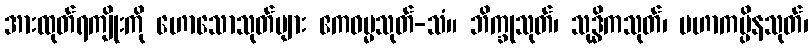
အားထုတ်ရကျိုးကို ဟောသောသုတ်များ ဧကဓမ္မသုတ်-သံ။ ဘိက္ခုသုတ်၊ သုဒ္ဓိကသုတ်၊ မဟာကပ္ပိနသုတ်၊